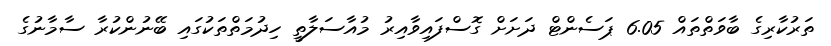
ތަރުކާރިގެ ބާވަތްތައް 6.05 ޕަސެންޓް ދަށަށް ގޮސްފައިވާއިރު މުއާސަލާތީ ހިދުމަތްތަކުގައި ބޭނުންކުރާ ސާމާނުގެ